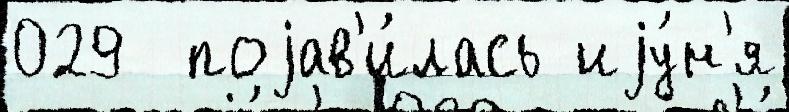
029  поjав'и́лась иjу́н'я